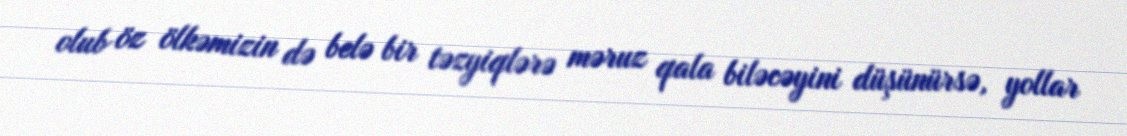
olub öz ölkəmizin də belə bir təzyiqlərə məruz qala biləcəyini düşünürsə, yollar